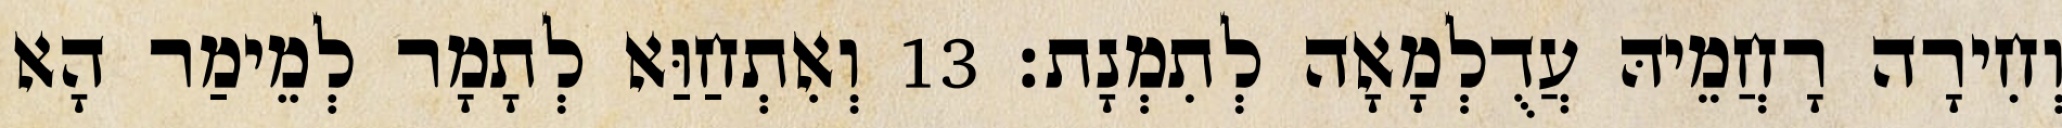
וְחִירָה רָחֲמֵיהּ עֲדֻלְמָאָה לְתִמְנָת׃ 13 וְאִתְחַוַּא לְתָמָר לְמֵימַר הָא